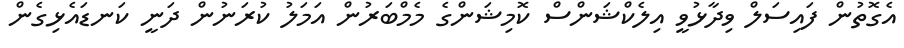
އެގޮތުން ފައިސަލް ވިދާޅުވީ އިލެކްޝަންސް ކޮމިޝަންގެ މެމްބަރުން އަމަލު ކުރަނުން ދަނީ ކަނޑައެޅިގެން